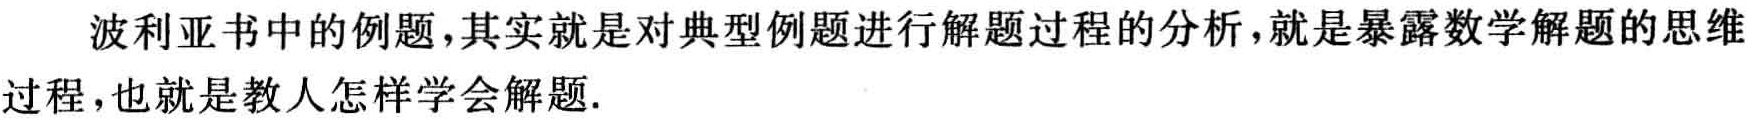
波利亚书中的例题,其实就是对典型例题进行解题过程的分析,就是暴露数学解题的思维过程,也就是教人怎样学会解题.